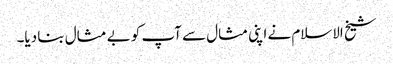
شیخ الاسلام نے اپنی مثال سے آپ کو بے مثال بنا دیا۔